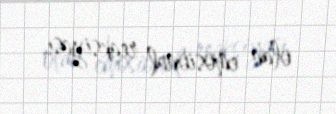
olan emosional reaksiyası.